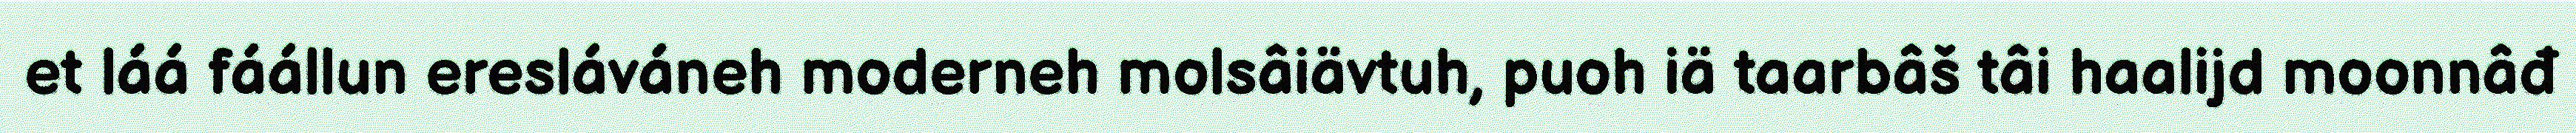
et láá fáállun eresláváneh moderneh molsâiävtuh, puoh iä taarbâš tâi haalijd moonnâđ